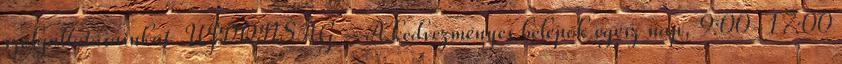
szolgáltatásainkat. ÚJDONSÁG – A kedvezményes belépők egész nap, 9:00-17:00